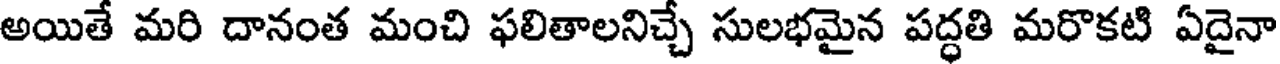
అయితే మరి దానంత మంచి ఫలితాలనిచ్చే సులభమైన పద్ధతి మరొకటి ఏదైనా